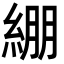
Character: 綳